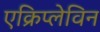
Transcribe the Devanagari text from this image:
एक्रिप्लेविन